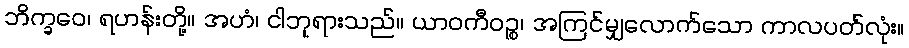
ဘိက္ခဝေ၊ ရဟန်းတို့။ အဟံ၊ ငါဘုရားသည်။ ယာဝကီဝဉ္စ၊ အကြင်မျှလောက်သော ကာလပတ်လုံး။